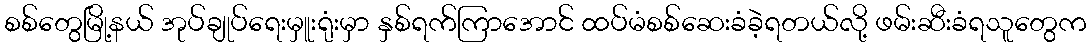
စစ်တွေမြို့နယ် အုပ်ချုပ်ရေးမှူးရုံးမှာ နှစ်ရက်ကြာအောင် ထပ်မံစစ်ဆေးခံခဲ့ရတယ်လို့ ဖမ်းဆီးခံရသူတွေက